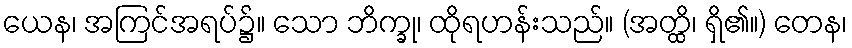
ယေန၊ အကြင်အရပ်၌။ သော ဘိက္ခု၊ ထိုရဟန်းသည်။ (အတ္ထိ၊ ရှိ၏။) တေန၊